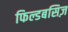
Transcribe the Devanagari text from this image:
फिल्डबसिज़